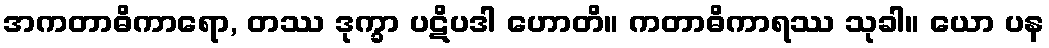
အကတာဓိကာရော, တဿ ဒုက္ခာ ပဋိပဒါ ဟောတိ။ ကတာဓိကာရဿ သုခါ။ ယော ပန